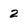
Character: 2